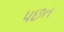
પછત